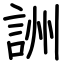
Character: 詶